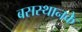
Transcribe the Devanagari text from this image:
बसस्थानके